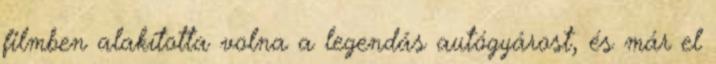
filmben alakította volna a legendás autógyárost, és már el